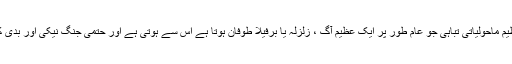
دنیا کا خاتمہ ایک عظیم ماحولیاتی تباہی جو عام طور پر ایک عظیم آگ ، زلزلہ یا برفیلا طوفان ہوتا ہے اس سے ہوتی ہے اور حتمی جنگ نیکی اور بدی کے درمیان چلتی ہے۔